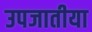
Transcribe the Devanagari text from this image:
उपजातीया